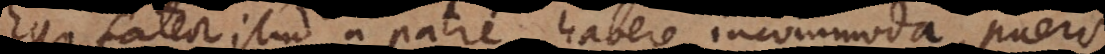
fateor istud a patre habere incommoda, pueris